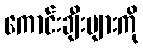
ကောင်းချီးများကို